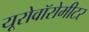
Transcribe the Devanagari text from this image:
यूरोवॉरोमीटर